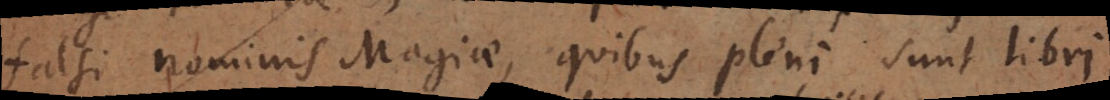
falsi nominis Magiae, quibus pleni sunt libri